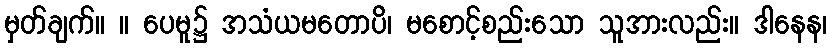
မှတ်ချက်။ ။ ပေမူ၌ အသံယမတောပိ၊ မစောင့်စည်းသော သူအားလည်း။ ဒါနေန၊